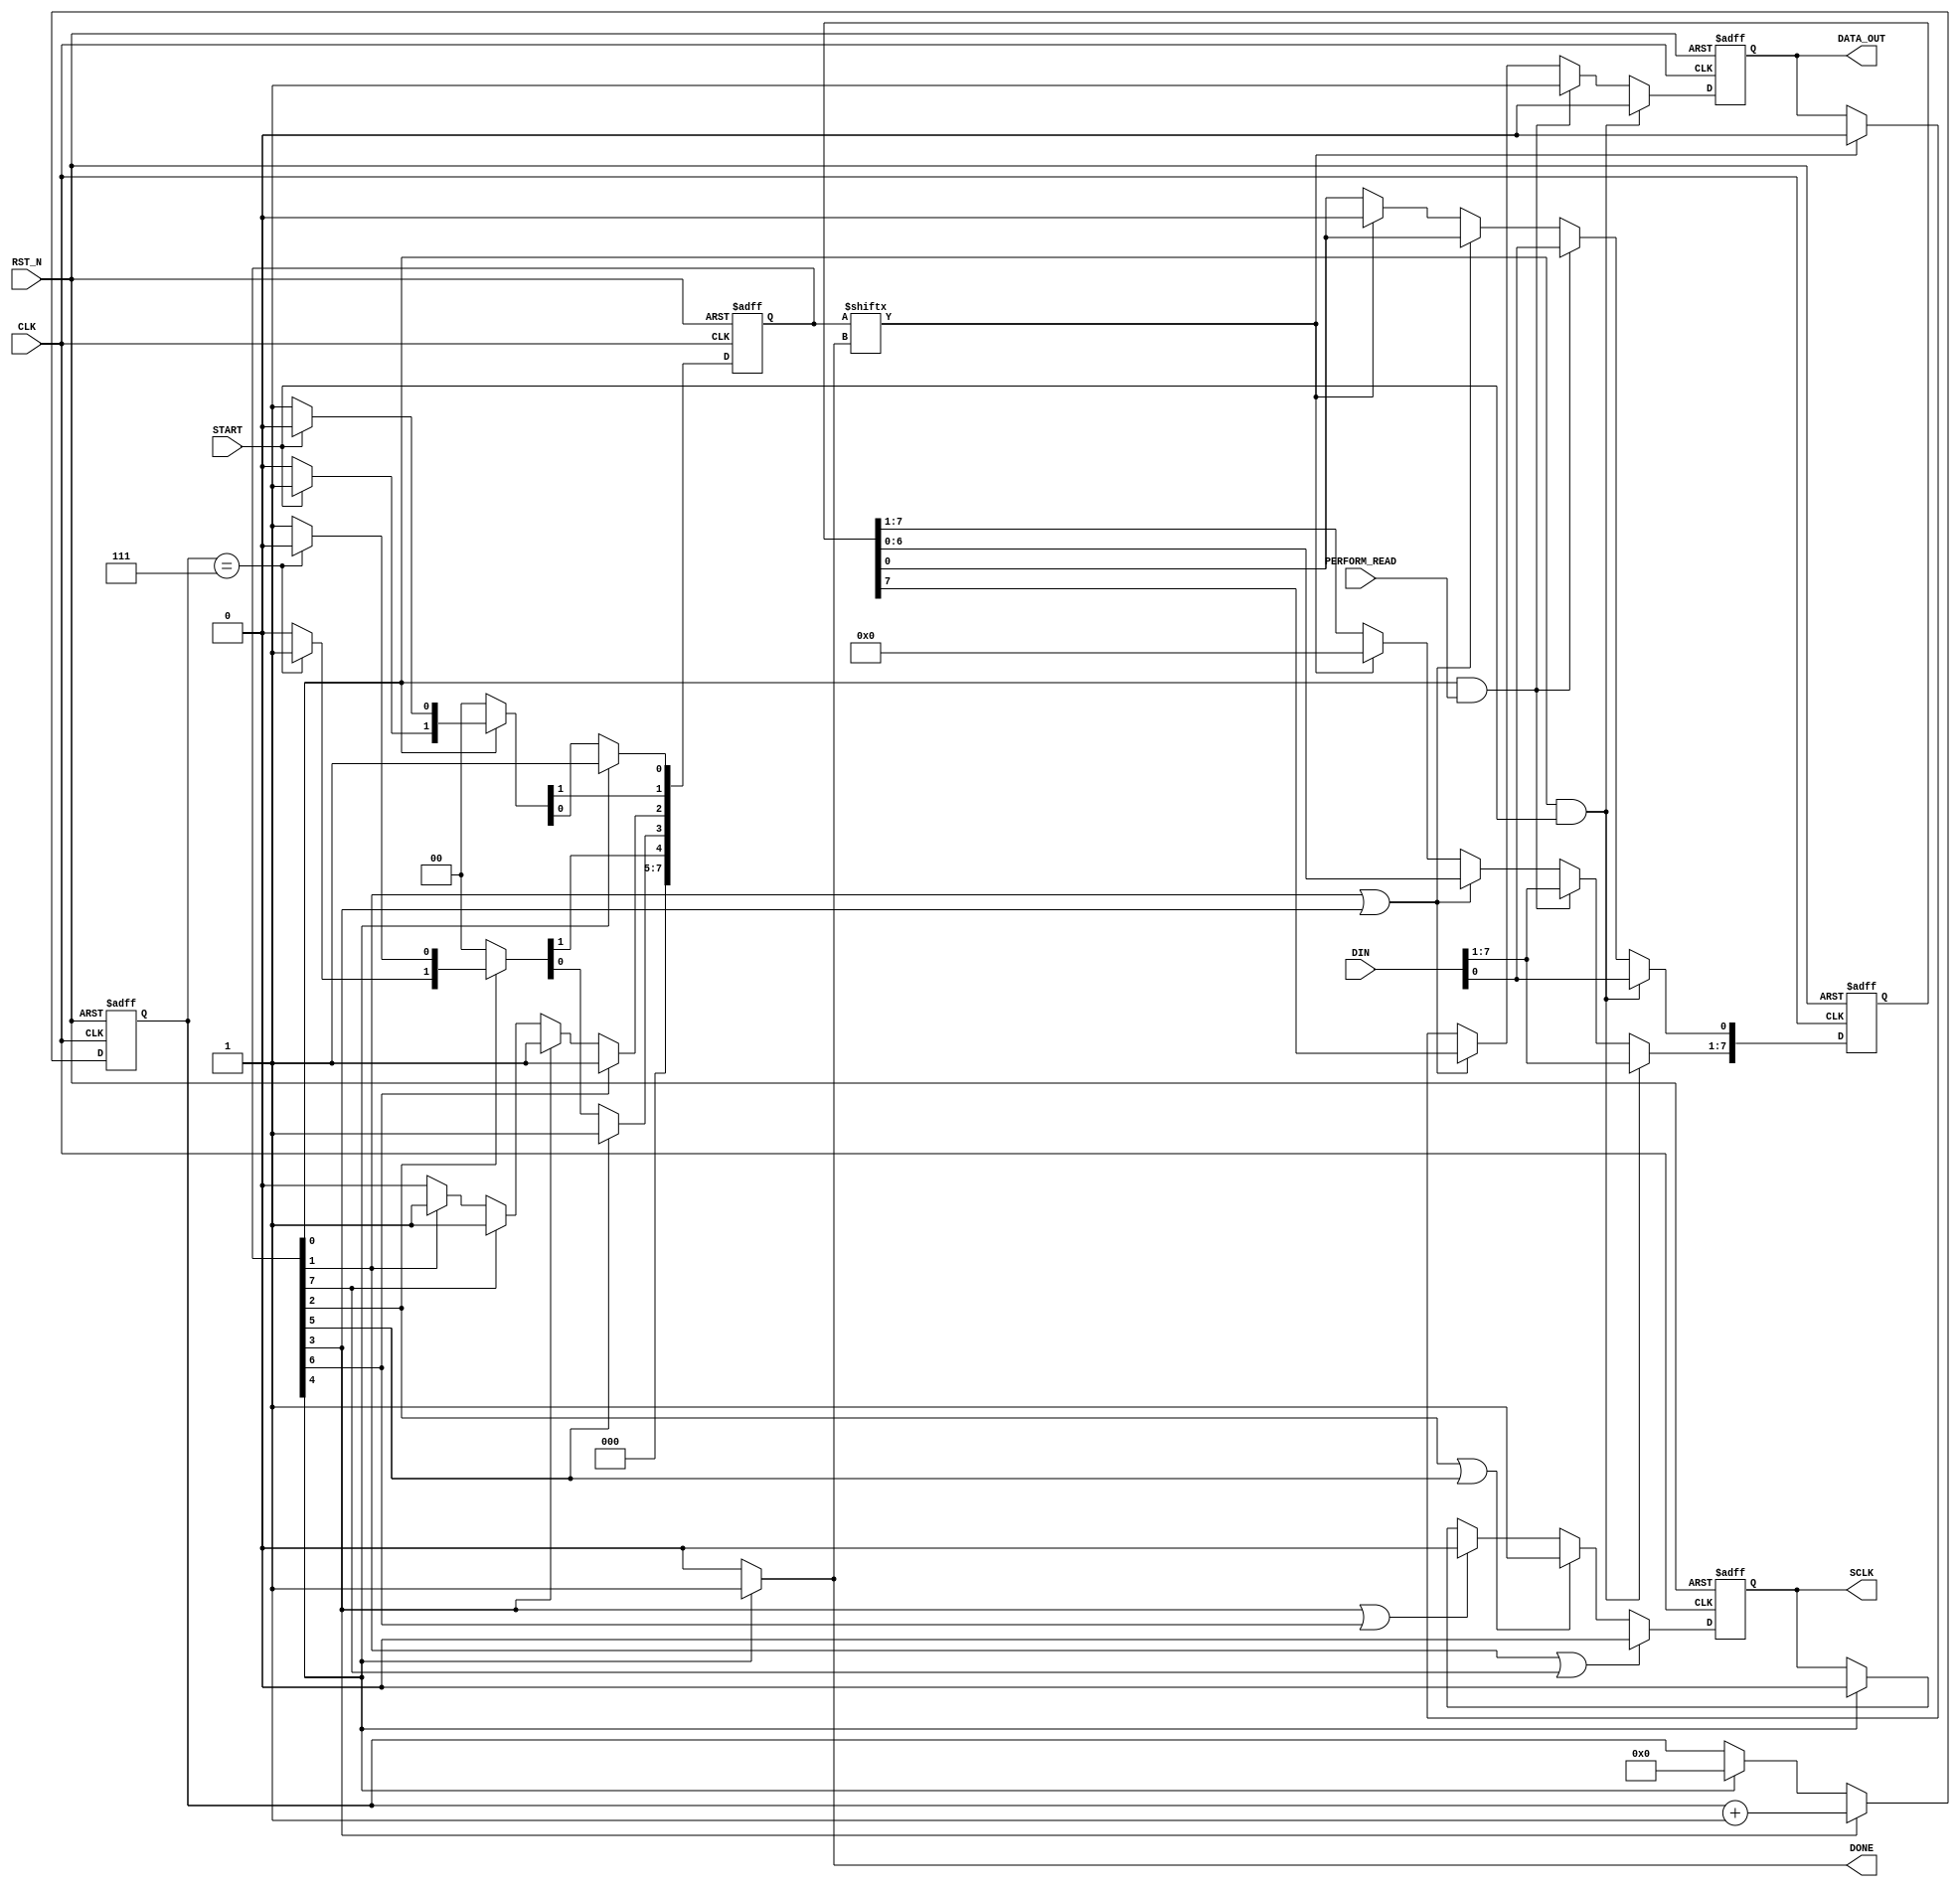
module i2c_write_model
  (
   CLK, 
   RST_N,

   START,
   DONE,

   DIN,
   DATA_OUT,
   SCLK,
   PERFORM_READ
   );

   //----------------------------------------------
   // Parameter Declarations
   //----------------------------------------------
   parameter IDLE			= 0,
	     LOAD_FIRST_BIT		= 1,
	     CLOCK_HI			= 2,
	     CLOCK_LOW			= 3,
	     WRITE_DONE		= 4,
		CLOCK_HI_DELAY		= 5,
		CLOCK_LO_DELAY		= 6,
		LOAD_FIRST_BIT_DELAY = 7;
   
   //--------------------------------------------------
   // IO Port Declarations
   //--------------------------------------------------     
   input   CLK;
   input   RST_N;
   input   START;
   input [7:0] DIN;
   
   output      DONE;
   output      DATA_OUT;
   output      SCLK;

   input		PERFORM_READ;
   
   //------------------------------------------------
   // Wire and Register Declarations                
   //------------------------------------------------
   reg [4:0]   bit_count;
   reg [7:0]   shift_reg;
   wire 	       DONE;
   reg 	       DATA_OUT;
   reg 	       SCLK;
   
   reg [7:0]   state, next;

`ifdef SIM
   reg [8*20:1] state_name;
`endif

   //------------------------------------------------
   // Signal Assignments  
   //------------------------------------------------
	assign		DONE = state[WRITE_DONE] ? 1'b1 : 1'b0;
   //------------------------------------------------
   // Create a DONE Signal when the byte has been transmitted
   //------------------------------------------------
//   always @(posedge CLK or negedge RST_N)
//     begin
//	if (!RST_N)
//	  DONE <= 0;
//	else
//	  begin
//	     if (state[WRITE_DONE])
//	       DONE <= 1;
//	     else
//	       DONE <= 0;
//	  end
//     end // always @ (posedge CLK or negedge RST_N)

   //------------------------------------------------
   // Create a bit_count of the number of bits sent
   //------------------------------------------------
   always @(posedge CLK or negedge RST_N)
     begin
	if (!RST_N)
	  bit_count <= 0;
	else
	  begin
	     if (state[CLOCK_LOW])
	       bit_count <= bit_count + 1;
	     else if (state[WRITE_DONE])
	       bit_count <= 0;
	  end
     end // always @ (posedge CLK or negedge RST_N)

   //------------------------------------------------
   // Create a Serial Clock Out
   //------------------------------------------------
   always @(posedge CLK or negedge RST_N)
     begin
	if (!RST_N)
	  SCLK <= 0;
	else
	  begin
	  	if(state[LOAD_FIRST_BIT] || state[LOAD_FIRST_BIT_DELAY])
			SCLK <= 0;
	     else if (state[CLOCK_HI] || state[CLOCK_HI_DELAY] )
	       //SCLK <= 1;
			SCLK <= 1;
		 else if (state[CLOCK_LOW] || state[CLOCK_LO_DELAY] )
			SCLK <= 0;
	     else if (state[WRITE_DONE] )
	       SCLK <= 0;
		 //else
		 //  SCLK <= 1;
	  end
     end // always @ (posedge CLK or negedge RST_N)
   
   //------------------------------------------------
   // Shift Data Out
   //------------------------------------------------
   always @(posedge CLK or negedge RST_N)
     begin
	if (!RST_N)
	  begin
	     shift_reg <= 0;
	     DATA_OUT <= 0;
	  end
	else
	  begin
	     if (state[IDLE] && START)
	       begin
		  DATA_OUT <= 0;
		  shift_reg <= DIN;
	       end
	     else if (state[IDLE] && PERFORM_READ)
	       begin
		  DATA_OUT <= 1;
		  shift_reg <= DIN;
	       end
	     else if (state[LOAD_FIRST_BIT] || state[CLOCK_LOW])
	       begin
		  DATA_OUT <= shift_reg[7];
		  shift_reg[7:1] <= shift_reg[6:0];
	       end
	     else if (state[DONE])
	       begin
		  shift_reg <= 0;
		  DATA_OUT <= 0;
	       end
	  end // else: !if(!RST_N)
     end // always @ (posedge CLK or negedge RST_N)
         
	  
   //--------------------------------------------------
   // Write State Machine
   //--------------------------------------------------  
   // Next State Logic
   always @(posedge CLK or negedge RST_N)
     begin
	if (!RST_N)
	  begin
	     state <= 5'h00;
	     state[IDLE] <= 1'b1;
	  end
	else
	  state <= next;
     end

   always @ ( /*AUTOSENSE*/START or bit_count or state)
     begin
	next = 5'h00;

	if (state[IDLE])
	  begin
	     if (START)
	       next[LOAD_FIRST_BIT] = 1'b1;
	     else
	       next[IDLE] = 1'b1;
	  end

	if (state[LOAD_FIRST_BIT])
	  next[CLOCK_HI] = 1'b1;
	  //next[LOAD_FIRST_BIT_DELAY] = 1'b1;

	if (state[LOAD_FIRST_BIT_DELAY])
	  next[CLOCK_HI] = 1'b1;

	if (state[CLOCK_HI])
	  begin
	     if (bit_count == 7)
	       next[WRITE_DONE] = 1'b1;
	     else
	       next[CLOCK_LOW] = 1'b1;
	       //next[CLOCK_HI_DELAY] = 1'b1;
	  end

	if (state[CLOCK_HI_DELAY])
	  next[CLOCK_LOW] = 1'b1;

	if (state[CLOCK_LOW])
	  next[CLOCK_HI] = 1'b1;
	  //next[CLOCK_LO_DELAY] = 1'b1;

	if (state[CLOCK_LO_DELAY])
	  next[CLOCK_HI] = 1'b1;

	if (state[WRITE_DONE])
	  next[IDLE] = 1'b1;	

`ifdef SIM
	if (state == (1 << IDLE))
	  state_name = "IDLE";
	else if (state == (1 << LOAD_FIRST_BIT))
	  state_name = "LOAD_FIRST_BIT";
	else if (state == (1 << CLOCK_HI))
	  state_name = "CLOCK_HI";
	else if (state == (1 << CLOCK_LOW))
	  state_name = "CLOCK_LOW";
	else if (state == (1 << WRITE_DONE))
	  state_name = "WRITE_DONE";	
	else if (state == (1 << CLOCK_HI_DELAY))
	  state_name = "CLOCK_HI_DELAY";	
	else if (state == (1 << CLOCK_LO_DELAY))
	  state_name = "CLOCK_LO_DELAY";	
	else if (state == (1 << LOAD_FIRST_BIT_DELAY))
	  state_name = "LOAD_FIRST_BIT_DELAY";	
`endif
     end // always @ (...

   
endmodule